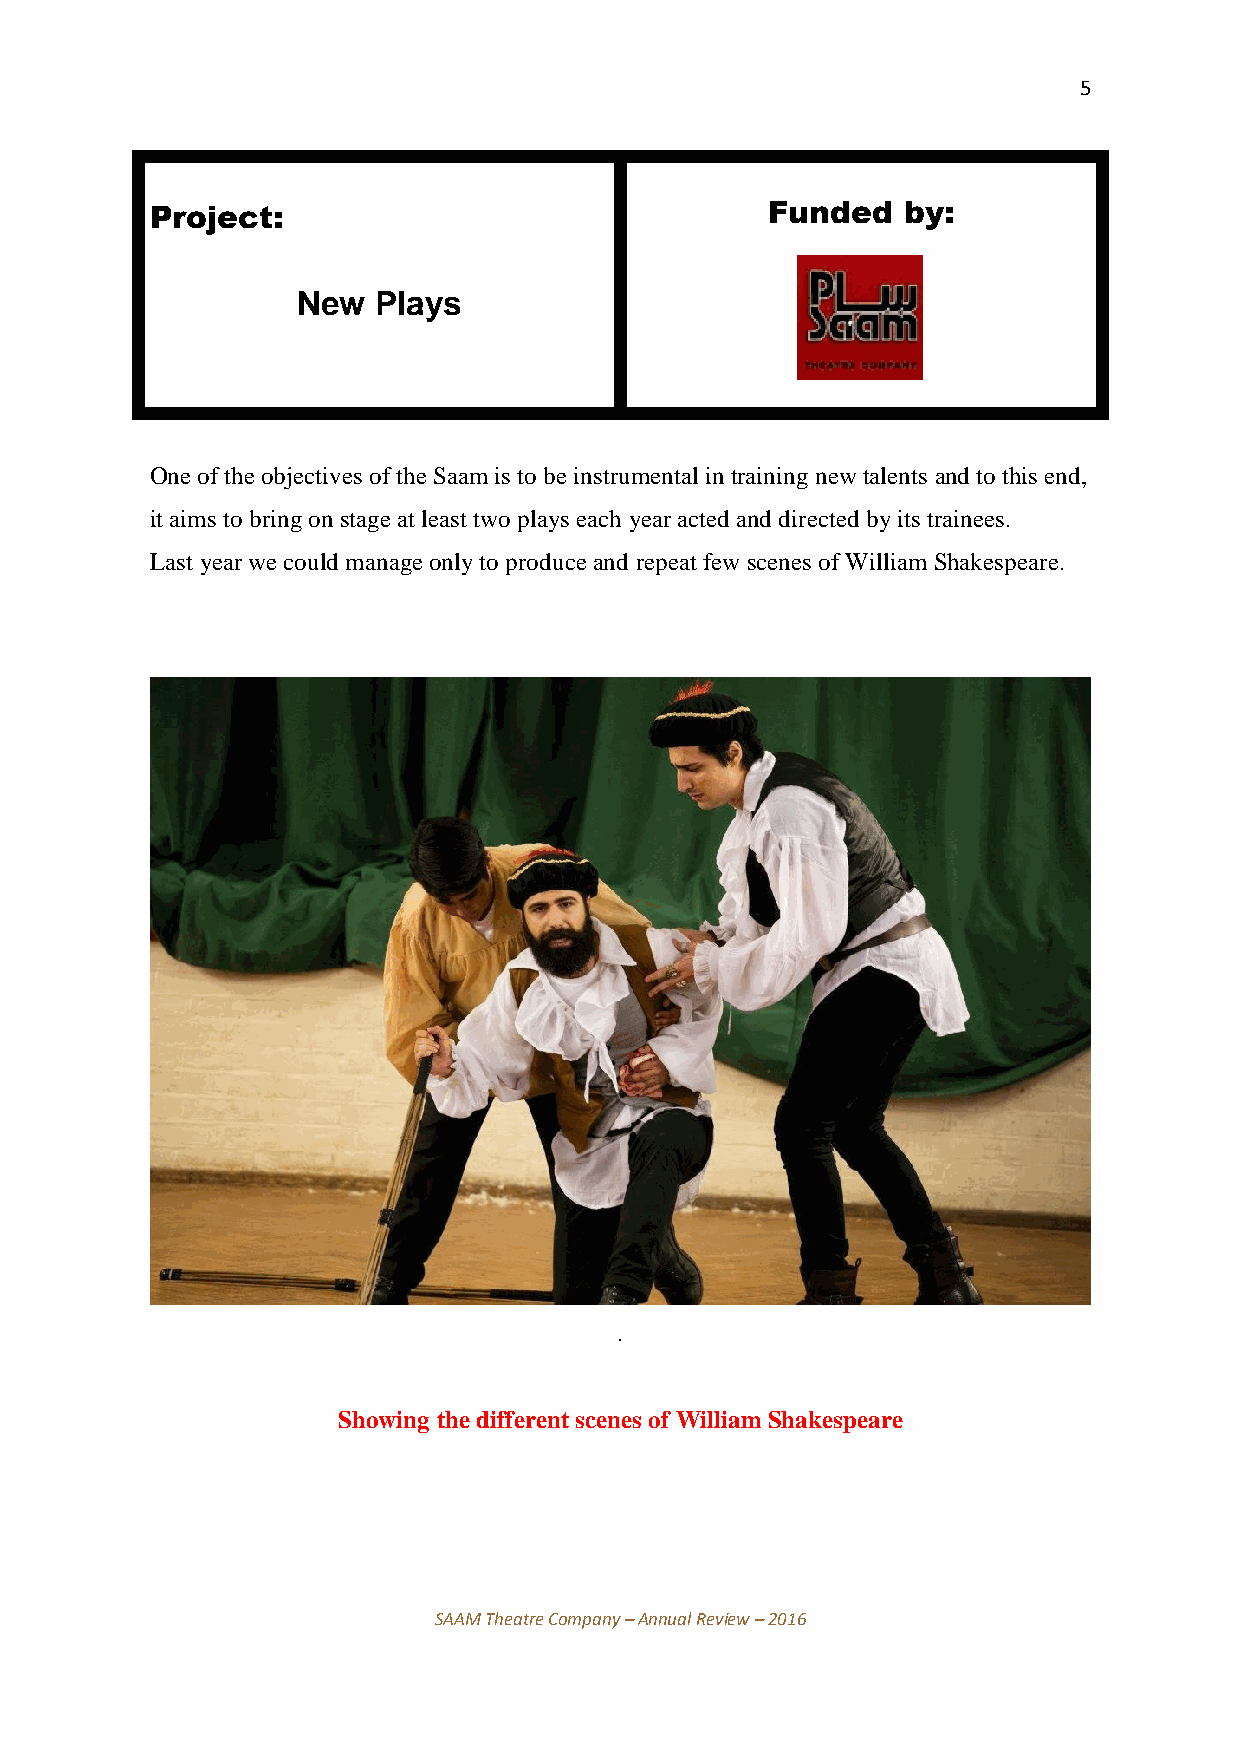
5
 Project:                                 Funded   by:
 New  Plays
 One of the objectives of the Saam is to be instrumental in training new talents and to this end,
 it aims to bring on stage at least two plays each year acted and directed by its trainees.
 Last year we could manage only to produce and repeat few scenes of William Shakespeare.
 .
 Showing the different scenes of William Shakespeare
 SAAM Theatre Company – Annual Review – 2016